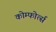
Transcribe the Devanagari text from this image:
कोम्फोर्त्स